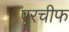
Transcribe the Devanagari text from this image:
एरचीफ